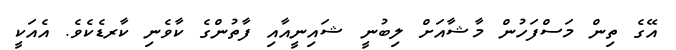
އޭގެ ތިން މަސްފަހުން މާޝާއަށް ލިބުނީ ޝައިނީއާއި ފާތުންގެ ކާވެނި ކާރޑެކެވެ. އެއަކީ